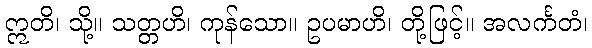
ဣတိ၊ သို့။ သတ္တဟိ၊ ကုန်သော။ ဥပမာဟိ၊ တို့ဖြင့်။ အလင်္ကတံ၊